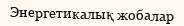
Энергетикалық жобалар